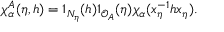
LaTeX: \chi _ { \alpha } ^ { A } ( \eta , h ) = 1 _ { N _ { \eta } } ( h ) 1 _ { \mathcal { O } _ { A } } ( \eta ) \chi _ { \alpha } ( x _ { \eta } ^ { - 1 } h x _ { \eta } ) .